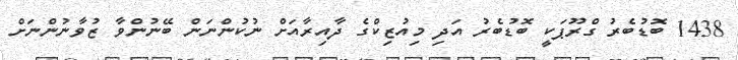
1438 ބޮޑުބެރު ގްރޫޕަކީ ބޮޑުބެރު އަދި މިއުޒިކްގެ ދާއިރާއަށް ނުކުންނަން ބޭނުންވާ ޒުވާނުންނަށް